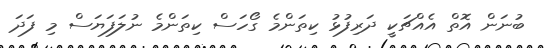
ބުނަން އޮތް އެއްޗަކީ ދަރިފުޅު ކިތަންމެ ގޯހަސް ކިތަންމެ ނުލަފަޔަސް މި ފަދަ